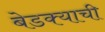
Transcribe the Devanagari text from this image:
बेडक्याची